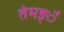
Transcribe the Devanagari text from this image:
तेमङ्ै